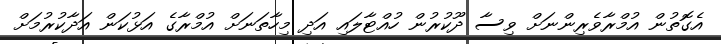
އެގޮތުން އުމްރާވެރިންނަށް ވިސާ ދޫކުރުން ހުއްޓާލައި އަދި މިހާތަނަށް އުމްރާގެ އަޅުކަން އަދާކުރުމަށް